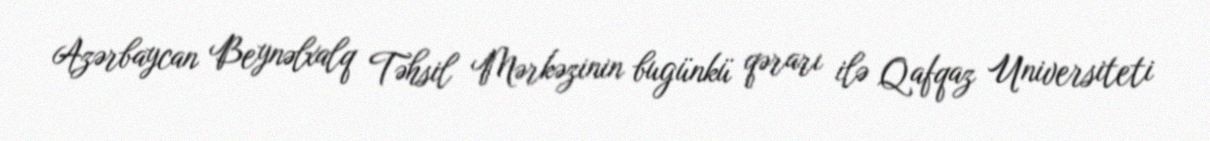
Azərbaycan Beynəlxalq Təhsil Mərkəzinin bugünkü qərarı ilə Qafqaz Universiteti